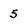
Character: 5